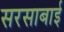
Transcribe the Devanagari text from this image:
सरसाबाई